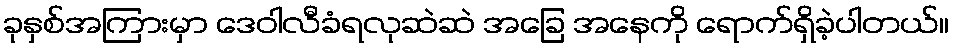
ခုနှစ်အကြားမှာ ဒေဝါလီခံရလုဆဲဆဲ အခြေ အနေကို ရောက်ရှိခဲ့ပါတယ်။